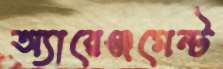
অ্যারেঞ্জমেন্ট